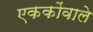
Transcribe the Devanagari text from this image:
एककोंवाले